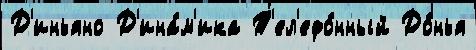
Д'иньяно Д'ина́м'ика Т'ел'ефо́нный До́нья